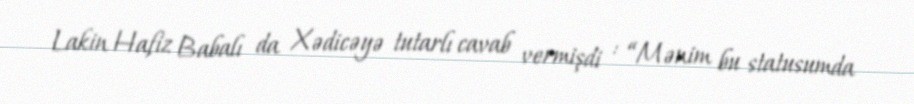
Lakin Hafiz Babalı da Xədicəyə tutarlı cavab vermişdi : “Mənim bu statusumda